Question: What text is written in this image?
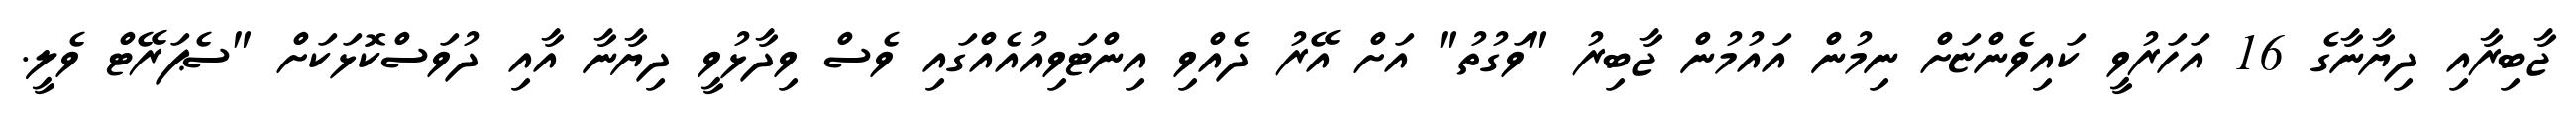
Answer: ޖާބިރާއި ދިޔާނާގެ 16 އަހަރުވީ ކައިވެންޏަށް ނިމުން އައުމުން ޖާބިރު "ވަގުތު" އަށް އޭރު ދެއްވި އިންޓަވިއުއެއްގައި ވެސް ވިދާޅުވީ ދިޔާނާ އާއި ދުވަސްކޮޅަކަށް "ސެޕަރޭޓް ވެލީ.